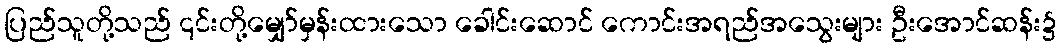
ပြည်သူတို့သည် ၎င်းတို့မျှော်မှန်းထားသော ခေါင်းဆောင် ကောင်းအရည်အသွေးများ ဦးအောင်ဆန်း၌